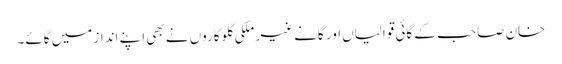
خان صاحب کے گائی قوالیاں اور گانے غیر ملکی گلوکاروں نے بھی اپنے انداز میں گائے۔